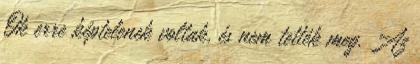
Ők erre képtelenek voltak, és nem tették meg. Az